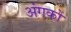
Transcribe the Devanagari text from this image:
अंगकों